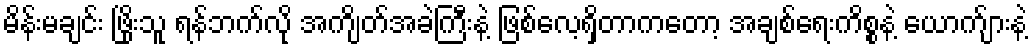
မိန်းမချင်း ဖြိုးသူ ရန်ဘက်လို အကျိတ်အခဲကြီးနဲ့ ဖြစ်လေ့ရှိတာကတော့ အချစ်ရေးကိစ္စနဲ့ ယောက်ျားနဲ့